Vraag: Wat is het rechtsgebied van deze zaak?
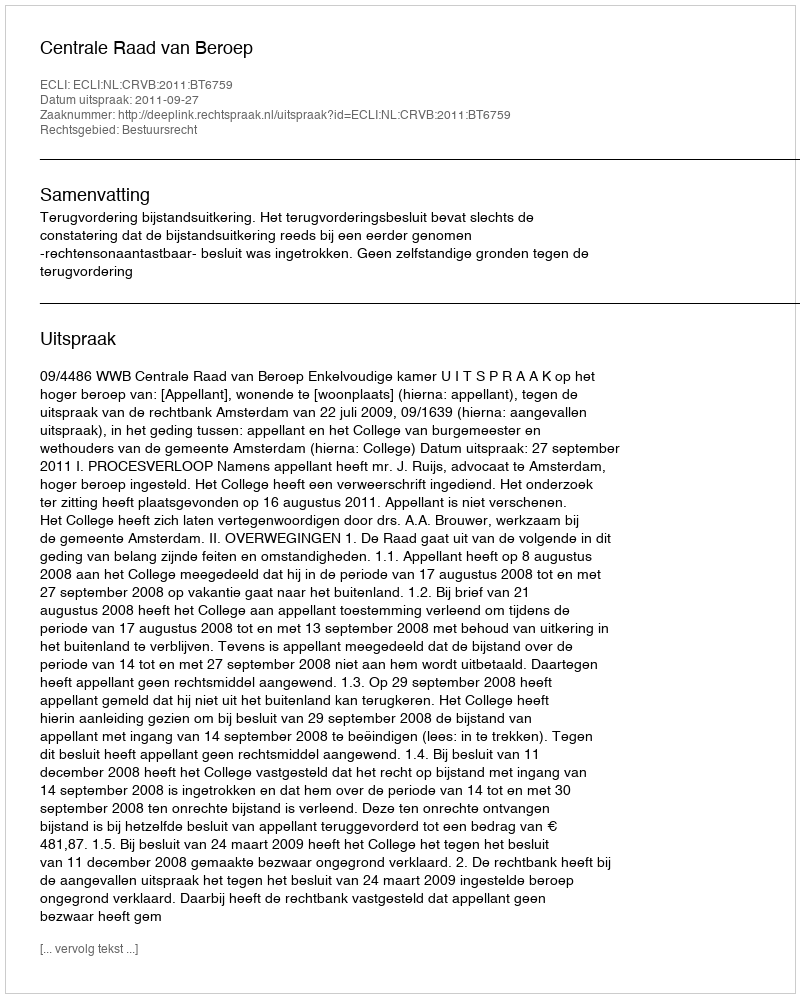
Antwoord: Bestuursrecht